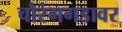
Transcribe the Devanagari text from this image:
चौरंगगडावर